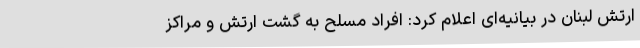
ارتش لبنان در بیانیه‌ای اعلام کرد: افراد مسلح به گشت ارتش و مراکز